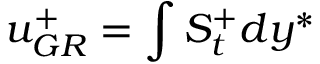
u _ { G R } ^ { + } = \int S _ { t } ^ { + } d y ^ { * }